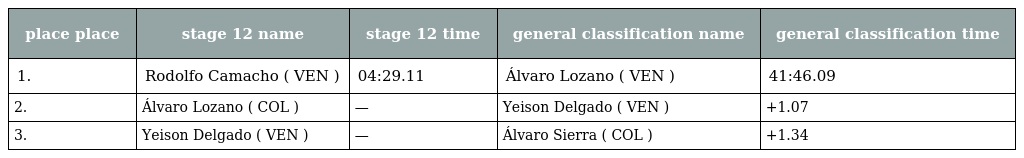
| place place | stage 12 name | stage 12 time | general classification name | general classification time |
 | --- | --- | --- | --- | --- |
 | 1. | Rodolfo Camacho ( VEN ) | 04:29.11 | Álvaro Lozano ( VEN ) | 41:46.09 |
 | 2. | Álvaro Lozano ( COL ) | — | Yeison Delgado ( VEN ) | +1.07 |
 | 3. | Yeison Delgado ( VEN ) | — | Álvaro Sierra ( COL ) | +1.34 |